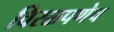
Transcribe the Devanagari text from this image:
विरळपणेच